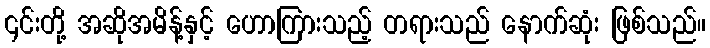
၎င်းတို့ အဆိုအမိန့်နှင့် ဟောကြားသည့် တရားသည် နောက်ဆုံး ဖြစ်သည်။